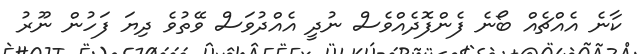
ކާނެ އެއްޗެއް ބޯނެ ފެންފޮދެއްވެސް ނުދީ އެއްދުވަސް ވޭތުވެ ދިޔަ ފަހުން ނޫރު